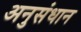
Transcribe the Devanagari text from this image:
अनुसंधान